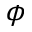
\phi